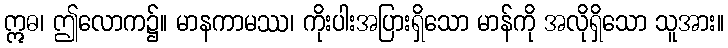
ဣဓ၊ ဤလောက၌။ မာနကာမဿ၊ ကိုးပါးအပြားရှိသော မာန်ကို အလိုရှိသော သူအား။